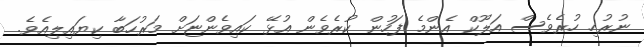
ނުރުހި ހުރެވެސް އަލޫކް އެންމެ ފަހުން ކުރެވެން އުޅޭ ކައިވެންޏަށް މަރުހަބާ ކިޔައިލިއެވެ.